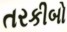
તરકીબો